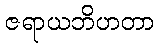
ဇရာယဘိဟတာ